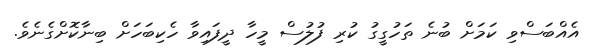
އެއްބަސްވި ކަމަށް ބުނެ ތަހުގީގު ކުރި ފުލުސް މީހާ ދީފައިވާ ހެކިބަހަށް ބިނާކޮށްގެނެވެ.